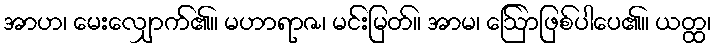
အာဟ၊ မေးလျှောက်၏။ မဟာရာဇ၊ မင်းမြတ်။ အာမ၊ ဩော်ဖြစ်ပါပေ၏။ ယတ္ထ၊